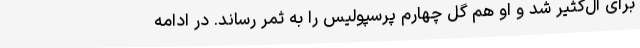
برای آل‌کثیر شد و او هم گل چهارم پرسپولیس را به ثمر رساند. در ادامه